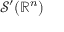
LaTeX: { \mathcal { S } } ^ { \prime } ( { \mathbb { R } } ^ { n } )